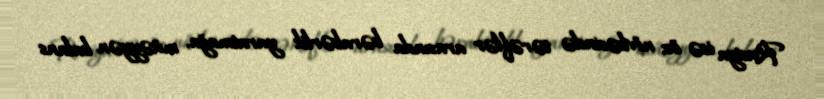
Rusiya isə öz növbəsində tərəflər arasında bərabərlik yaratmağa, müəyyən balans